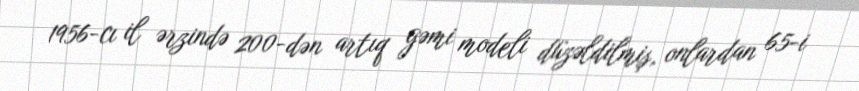
1956-cı il ərzində 200-dən artıq gəmi modeli düzəldilmiş, onlardan 65-i